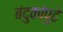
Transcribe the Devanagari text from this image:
बंदुकांपुढे